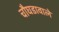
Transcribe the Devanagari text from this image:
चौघडावाले